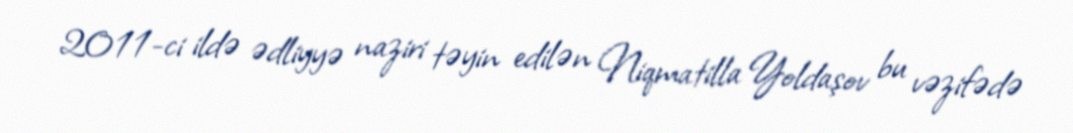
2011-ci ildə ədliyyə naziri təyin edilən Niqmatilla Yoldaşov bu vəzifədə